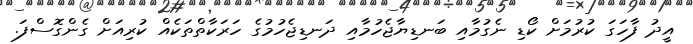
އީދު ފާހަގަ ކުރުމަށް ކޯޑި ނެގުމާއި ބަނޑިޔާޖެހުމާއި ދަނޑިޖެހުމުގެ ހަރަކާތްތަކެއް ކުރިއަށް ގެންގޮސްފަ.